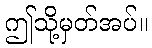
ဤသို့မှတ်အပ်။